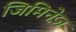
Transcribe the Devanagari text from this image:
जिमिनेज़